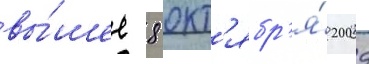
вы́шел 8 окт'ябр'я́ 2009